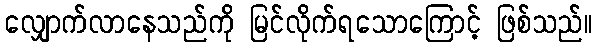
လျှောက်လာနေသည်ကို မြင်လိုက်ရသောကြောင့် ဖြစ်သည်။